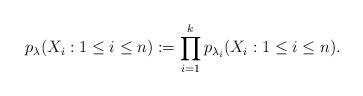
LaTeX: \begin{align*}p_{\lambda}(X_i: 1 \le i \le n) := \prod_{i=1}^{k} p_{\lambda_i}(X_i: 1 \le i \le n).\end{align*}